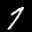
Label: 7